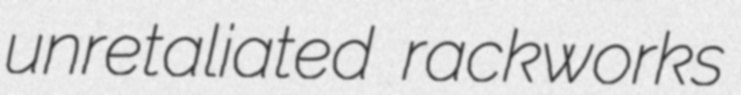
unretaliated rackworks